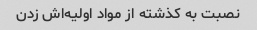
نصبت به کذشته از مواد اولیه‌اش زدن